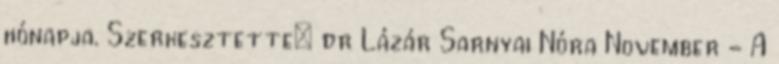
hónapja. Szerkesztette: dr Lázár Sarnyai Nóra November - A